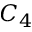
C _ { 4 }